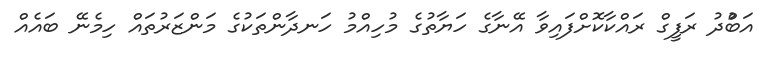
އަބްުދު ރަފީގް ރައްކާކޮށްފައިވާ އޭނާގެ ހަޔާތުގެ މުހިއްމު ހަނދާންތަކުގެ މަންޒަރުތައް ހިމެނޭ ބައެއް